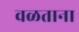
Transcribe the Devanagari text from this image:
वळताना